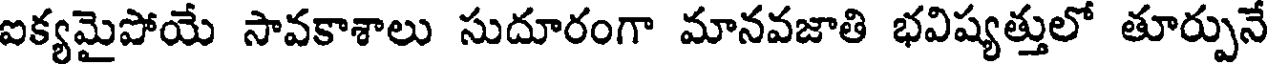
ఐక్యమైపోయే సావకాశాలు సుదూరంగా మానవజాతి భవిష్యత్తులో తూర్పునే